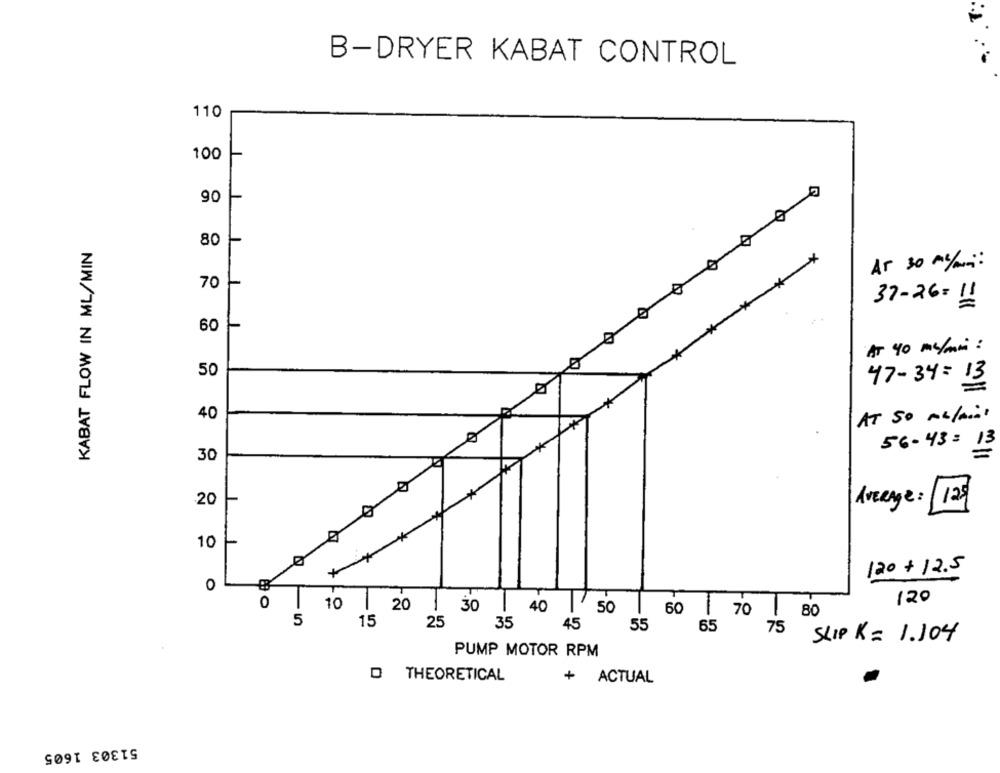
B-DRYER KABAT CONTROL
110
100
90
KABAT FLOW IN ML/MIN
80
Ar 30 ml/mn !
70
37-26=11
60
AT 40 ml/min :
50
47-34=13
40
AT SO ALLAin!
56-43= 13
30
20
AVERAge:
125/
10
120 + 12.5
0
0
10
120
20
30
40
50
60
70
80
5
15
25
35
45
55
65
75
SLIP K= 1.104
PUMP MOTOR RPM
D THEORETICAL
+
ACTUAL
51303 1605